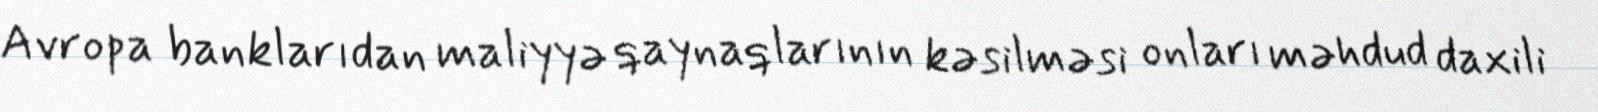
Avropa banklarıdan maliyyə qaynaqlarının kəsilməsi onları məhdud daxili